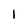
Character: 1